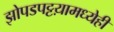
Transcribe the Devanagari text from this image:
झोपडपट्टय़ामध्येही